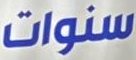
سنوات